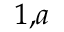
^ { 1 , a }